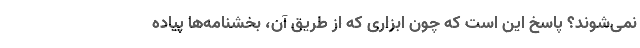
نمی‌شوند؟ پاسخ این است که چون ابزاری که از طریق آن، بخشنامه‌ها پیاده